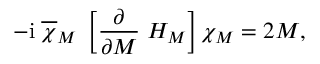
- \mathrm { i } \; \overline { { \chi } } _ { M } \; \left[ \frac { \partial } { \partial M } \; H _ { M } \right] \chi _ { M } = 2 M ,